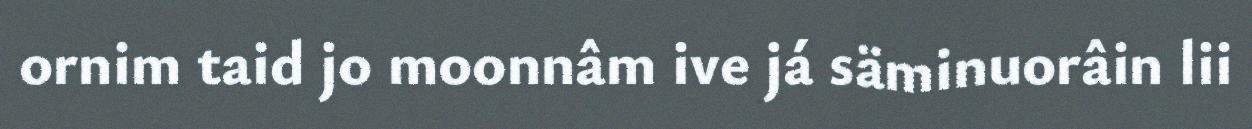
ornim taid jo moonnâm ive já säminuorâin lii